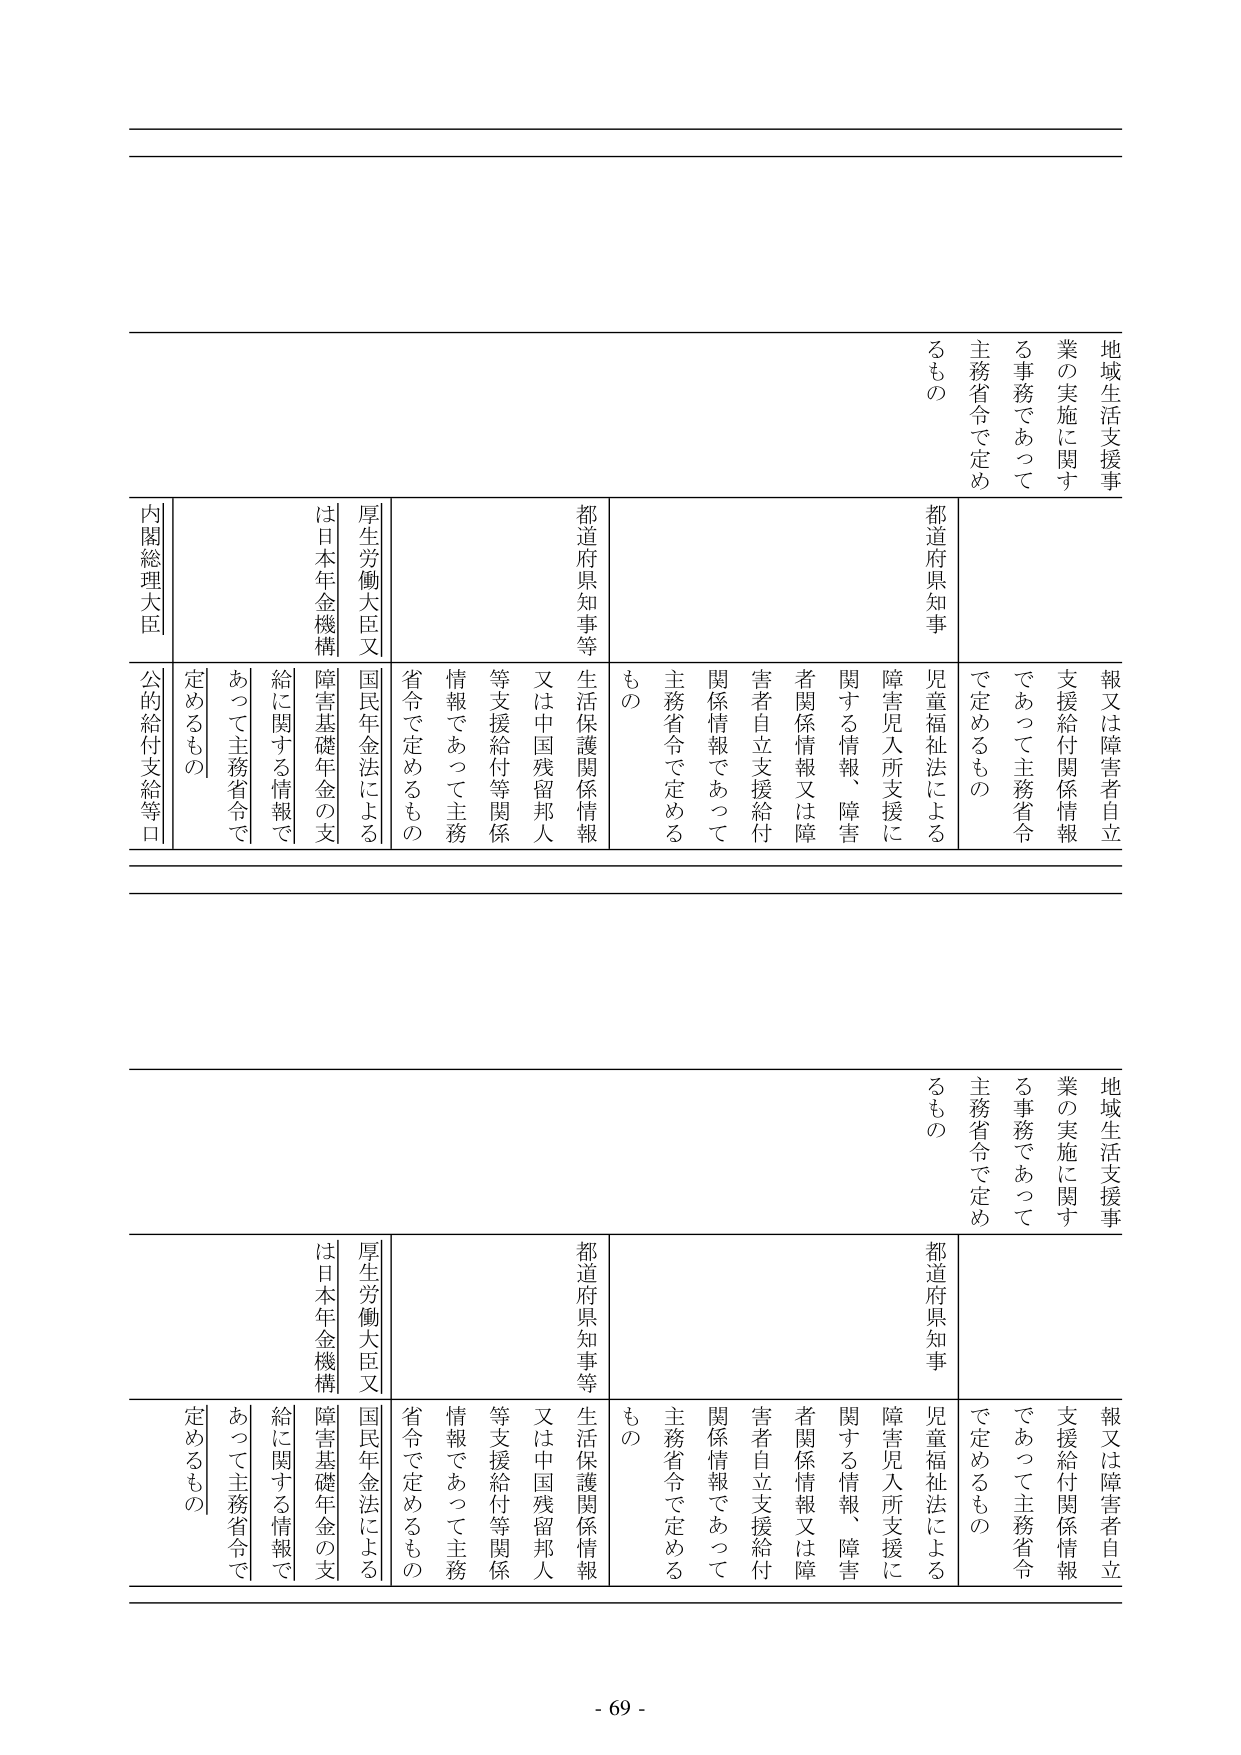
地域生活支援事業の実施に関する事務であって主務省令で定めるもの
報又は障害者自立支援給付関係情報であって主務省令で定めるもの
都道府県知事
児童福祉法による障害児入所支援に関する情報、障害者関係情報又は障害者自立支援給付関係情報であって主務省令で定めるもの
都道府県知事等
生活保護関係情報又は中国残留邦人等支援給付等関係情報であって主務省令で定めるもの
厚生労働大臣又は日本年金機構
国民年金法による障害基礎年金の支給に関する情報であって主務省令で定めるもの
内閣総理大臣
公的給付支給等口
地域生活支援事業の実施に関する事務であって主務省令で定めるもの
報又は障害者自立支援給付関係情報であって主務省令で定めるもの
都道府県知事
児童福祉法による障害児入所支援に関する情報、障害者関係情報又は障害者自立支援給付関係情報であって主務省令で定めるもの
都道府県知事等
生活保護関係情報又は中国残留邦人等支援給付等関係情報であって主務省令で定めるもの
厚生労働大臣又は日本年金機構
国民年金法による障害基礎年金の支給に関する情報であって主務省令で定めるもの
内閣総理大臣
公的給付支給等口
- 69 -